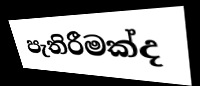
පැතිරීමක්ද